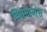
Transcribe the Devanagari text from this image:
विद्यमानांश